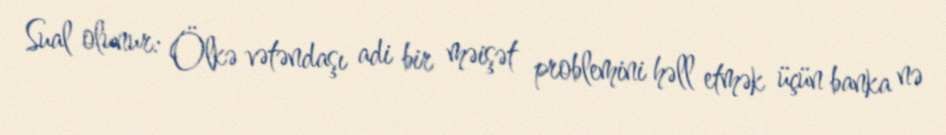
Sual olunur: Ölkə vətəndaşı adi bir məişət problemini həll etmək üçün banka nə